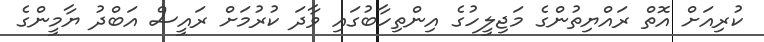
ކުރިއަށް އޮތް ރައްޔިތުންގެ މަޖިލީހުގެ އިންތިހާބުގައި ވާދަ ކުރުމަށް ރައީސް އަބްދު ޔާމީންގެ